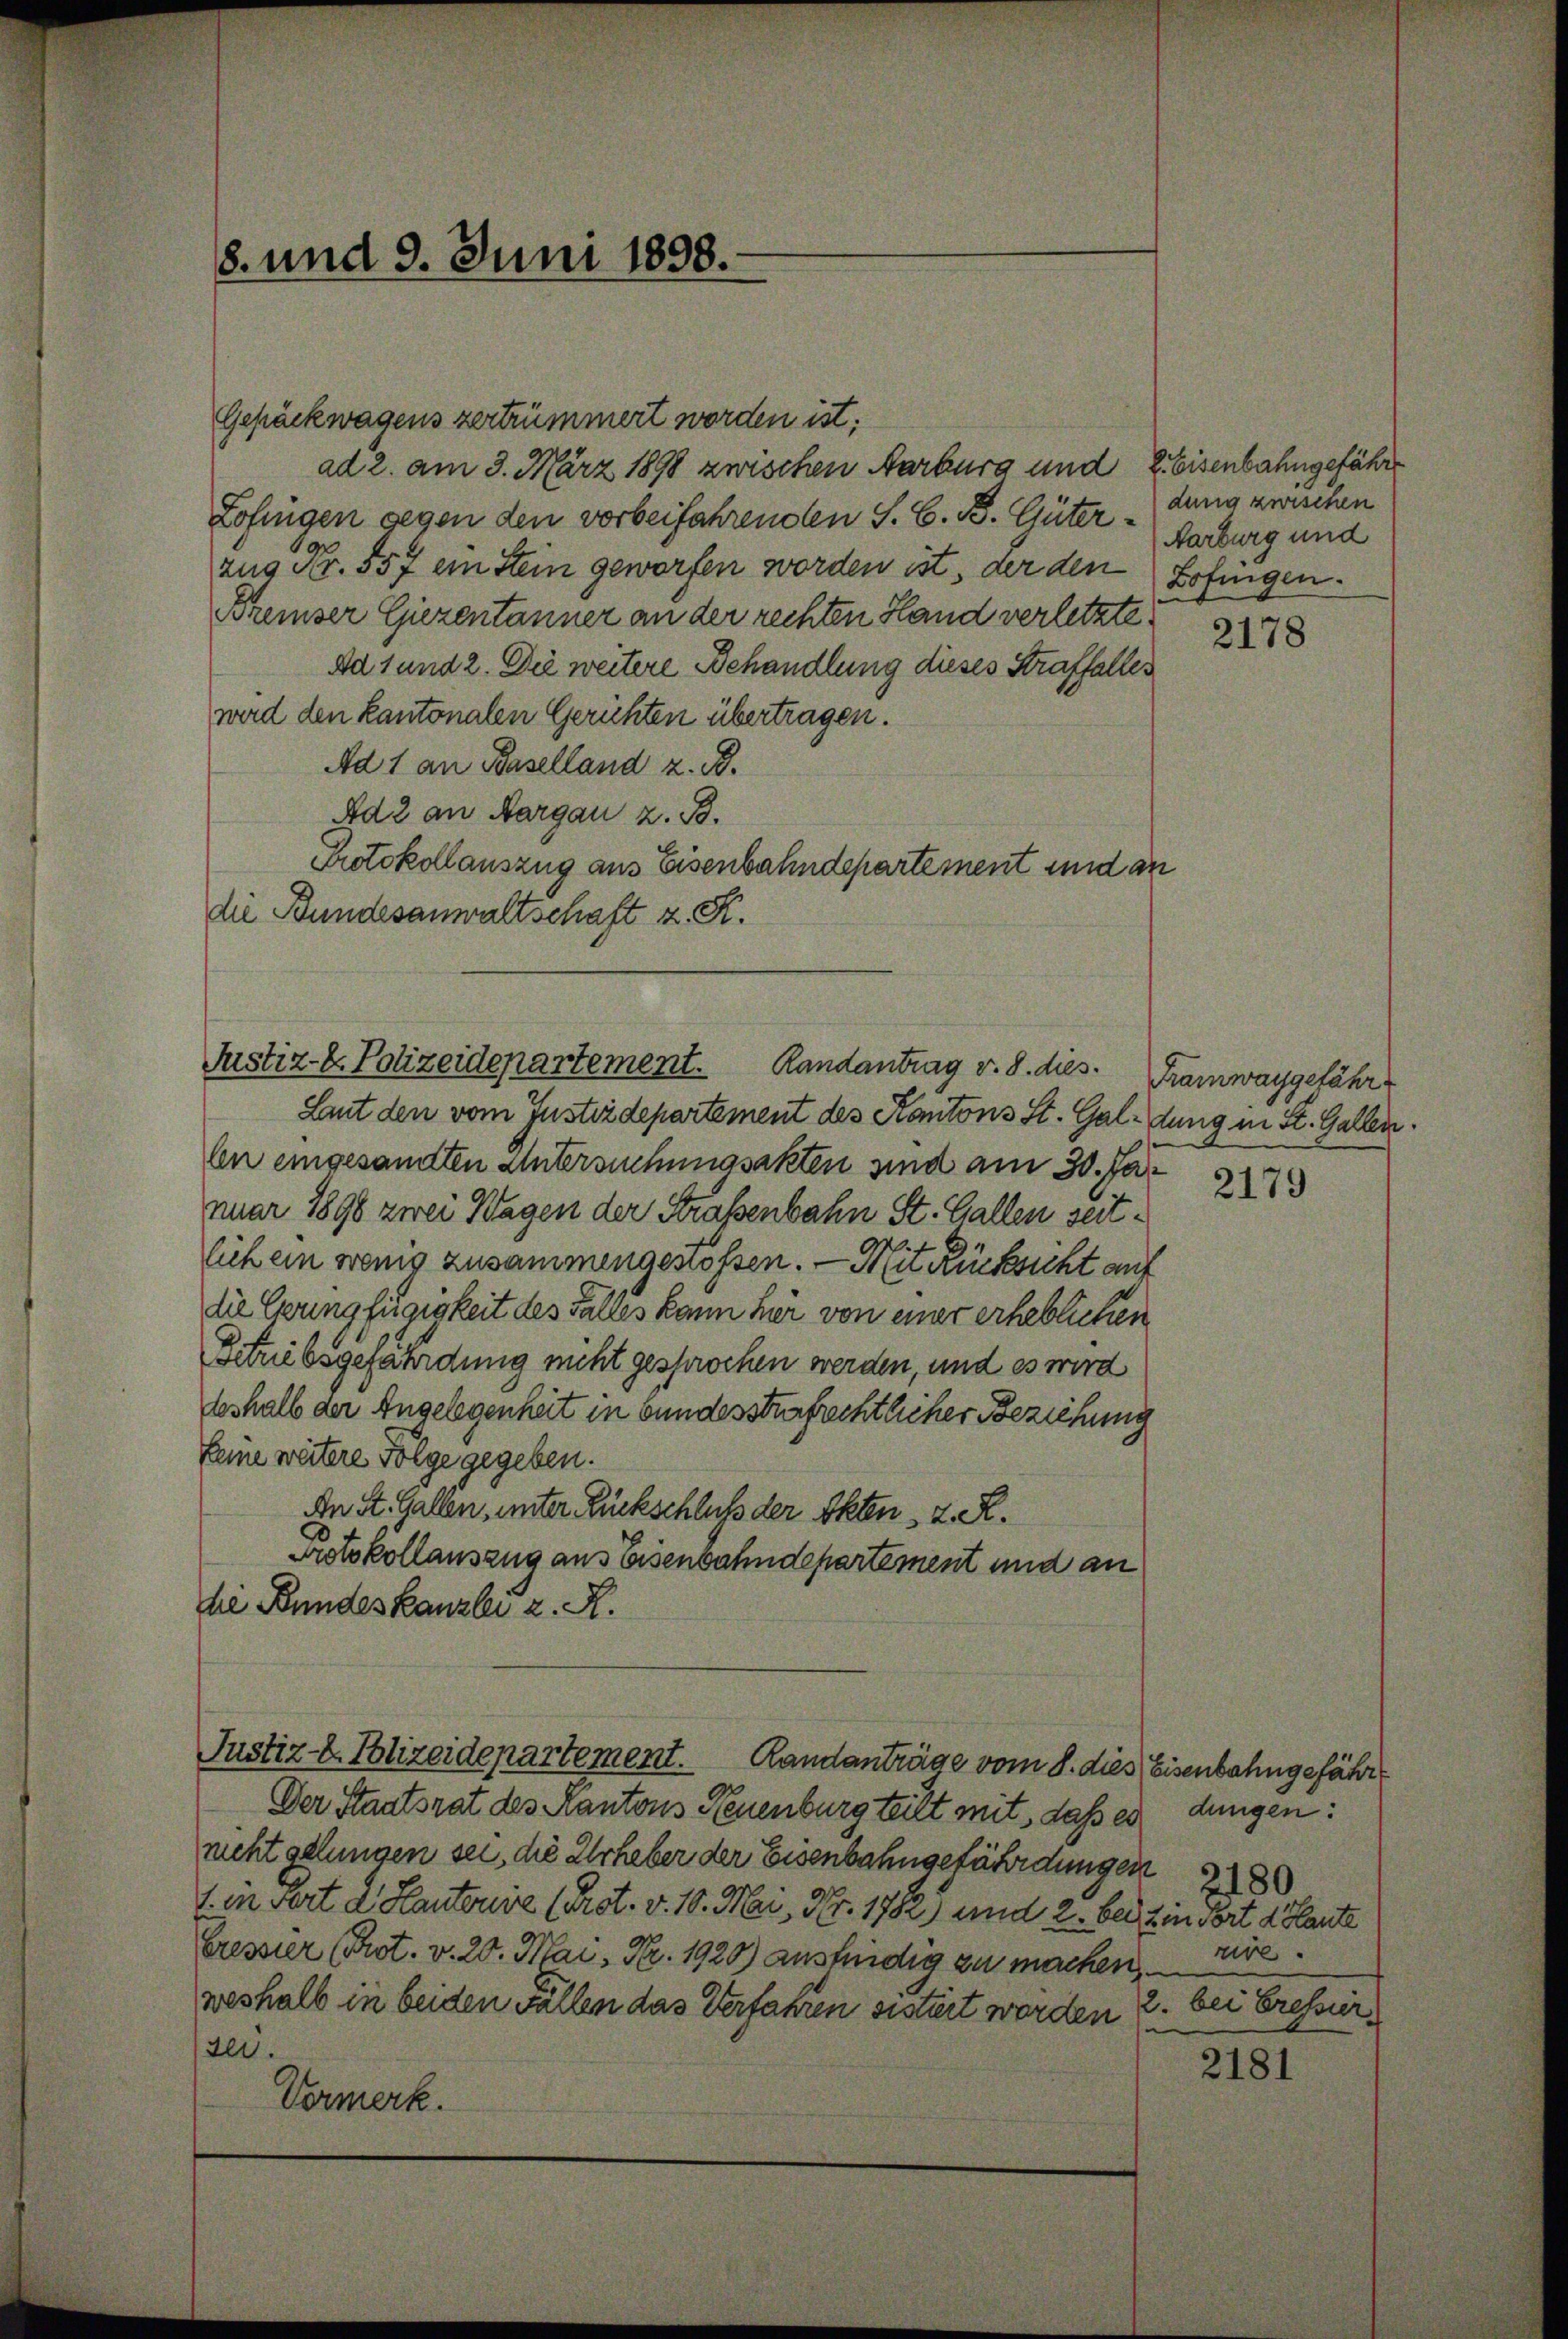
Gepäckwagens zertrümmert worden ist.
Zofingen gegen den vorbeifahrenden S. C. B. Güter „dung zwischen
zug Nr. 557 ein Stein geworfen worden ist, der den
Bremser Giezentänner an der rechten Hand verletzte
Ad 1 und 2. Die weitere Behandlung dieses Straffalles
wird den kantonalen Gerichten übertragen.
Ad 1 an Baselland z. B.
Ad 2 an Aargau z. B.
Protokollauszug aus Eisenbahndepartement und an
die Bundesanwaltschaft z. R.
Justiz- u. Polizeidepartement. Randantrag v. 8. dies.
Laut den vom Justizdepartement des Kantons St. Galdung in St. Gallen.
ln eingesandten Untersuchungsakten sind am 30. Ja
nuar 1898 zwei Wagen der Straßenbahn St. Gallen seitlich ein wenig zusammengestossen. — Mit Rücksicht auf
die Grungfügigkeit des Falles kann hier von einer erheblichen
setriebsgefährdung nicht gesprochen werden, und es wird
beshalb der Angelegenheit in bundesstrafrechtlicher Beziehung
feine weitere Folge gegeben.
An St. Gallen, unter Rückschluß der Akten, z. R.
Protokollauszug aus Eisenbahndepartement und an
he Bundeskanzlei z. R.

ad 2. am 3. März 1898 zwischen Marburg und 2 Eisenbahngefährt

8. und 9. Juni 1898.

Justiz- & Polizeidepartement.
Randanträge vom 8. dies Eisenbahngefähr¬

Der Staatsrat des Kantons Neuenburg teilt mit dass es dungen:
richt gelungen sei, die Urheber der Eisenbahngefährdungen
1. in fert d. Kantonie (Prot. v. 10. Mai, Nr. 1782) und 2. bei in Fort d. Plante
Gressier (Prot. v. 20. Mai, Nr. 1920) ausfindig zu machen. — Nive
weshalb in beiden Fallen das Verfahren sistirt worden
200.
Vormerk.

Aarburg und
Zofingen.

2178

Framwaygefähr

2180
2. bei Eressur

2181